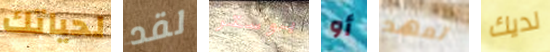
لحياتك لقد بوستر أو تعهد لديك